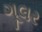
ગૂલર